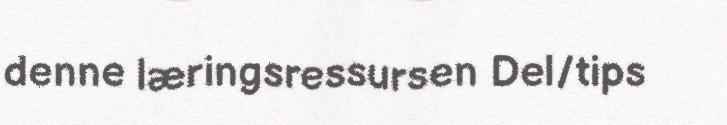
denne læringsressursen Del/tips